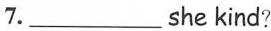
7. ___ she kind?